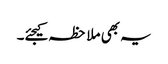
یہ بھی ملاحظہ کیجئے۔